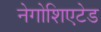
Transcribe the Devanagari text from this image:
नेगोशिएटेड